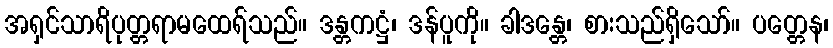
အရှင်သာရိပုတ္တရာမထေရ်သည်။ ဒန္တကဋ္ဌံ၊ ဒန်ပူကို။ ခါဒန္တေ၊ စားသည်ရှိသော်။ ပတ္တေန၊